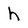
Character: h